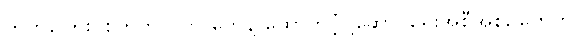
ကတ်ကြေး၊ စတက်ပလာ တွေနဲ့ ထောက်ပံ့ပို့ဆောင်ရေးအစီအစဉ်တွေကို